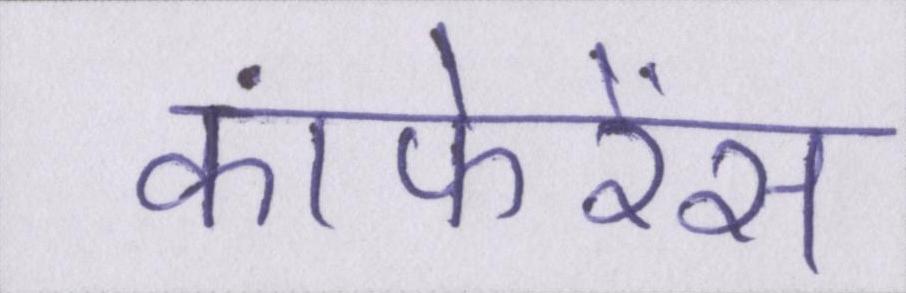
कांफेरेंस